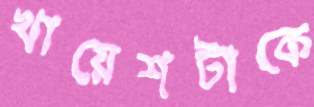
খায়েশটাকে